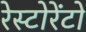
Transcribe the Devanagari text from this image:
रेस्टोरेंटो